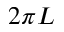
2 \pi L